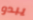
يبدو